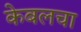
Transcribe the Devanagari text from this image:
केबलचा